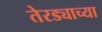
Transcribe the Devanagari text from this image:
तेरड्याच्या